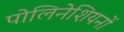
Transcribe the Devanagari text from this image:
पोलिनेशियनों